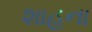
શાહના